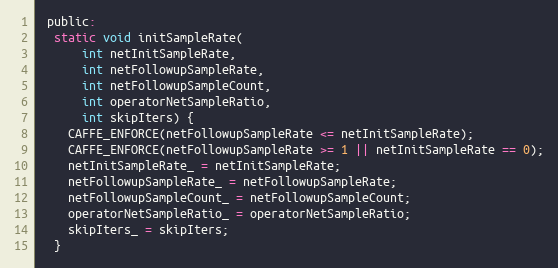
Language: C
 public:
  static void initSampleRate(
      int netInitSampleRate,
      int netFollowupSampleRate,
      int netFollowupSampleCount,
      int operatorNetSampleRatio,
      int skipIters) {
    CAFFE_ENFORCE(netFollowupSampleRate <= netInitSampleRate);
    CAFFE_ENFORCE(netFollowupSampleRate >= 1 || netInitSampleRate == 0);
    netInitSampleRate_ = netInitSampleRate;
    netFollowupSampleRate_ = netFollowupSampleRate;
    netFollowupSampleCount_ = netFollowupSampleCount;
    operatorNetSampleRatio_ = operatorNetSampleRatio;
    skipIters_ = skipIters;
  }